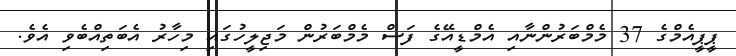
ޕީޕީއެމްގެ 37 މެމްބަރުންނާއި އެމްޑީއޭގެ ފަސް މެމްބަރުން މަޖިލީހުގައި މިހާރު އެބަތިއްބެވި އެވެ.